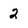
Character: 2